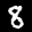
Label: 8